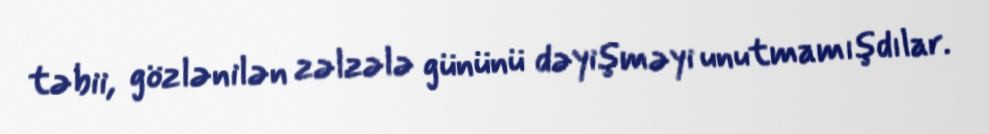
təbii, gözlənilən zəlzələ gününü dəyişməyi unutmamışdılar.